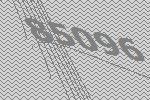
85096